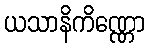
ယသာနိကိဏ္ဏော